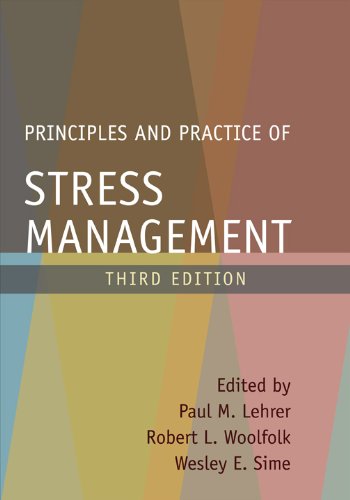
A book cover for Principles and Practice of Stress Management, Third Edition; Health, Fitness & Dieting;